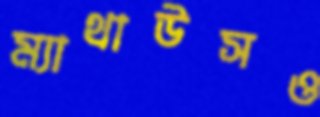
ম্যাথাউসও